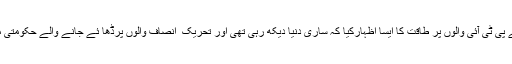
اوربغیر کچھ سوچے سمجھے پی ٹی آئی والوں پر طاقت کا ایسا اظہارکیا کہ ساری دنیا دیکھ رہی تھی اور تحریک ِ اِنصاف والوں پرڈھا ئے جانے والے حکومتی مظالم پر افسوس کررہی تھی۔